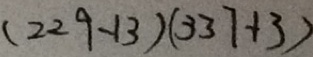
( 2 2 9 - 1 3 ) ( 3 3 7 + 3 )